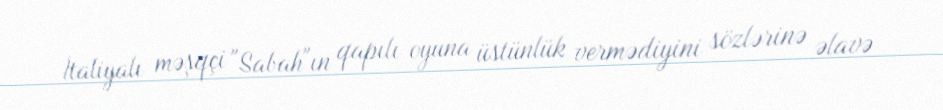
İtaliyalı məşqçi "Sabah"ın qapılı oyuna üstünlük vermədiyini sözlərinə əlavə